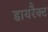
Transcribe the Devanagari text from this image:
डायरैक्ट